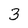
Character: 3